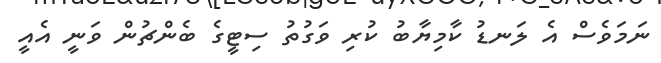
ނަމަވެސް އެ ލަނޑު ކާމިޔާބު ކުރި ވަގުތު ސިޓީގެ ބެންޗުން ވަނީ އެއީ